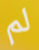
لم